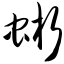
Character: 蜥